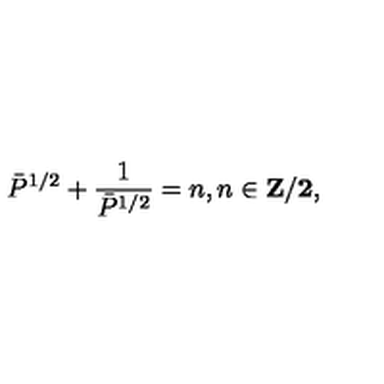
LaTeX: \bar { P } ^ { 1 / 2 } + \frac { 1 } { \bar { P } ^ { 1 / 2 } } = n , n \in \bf { Z } / 2 ,